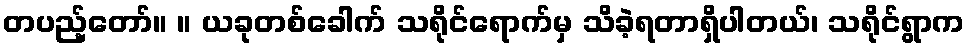
တပည့်တော်။ ။ ယခုတစ်ခေါက် သရိုင်ရောက်မှ သိခဲ့ရတာရှိပါတယ်၊ သရိုင်ရွာက